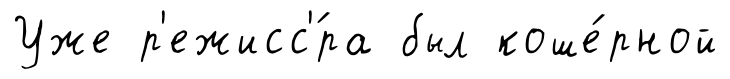
Уже р'ежисс'́ра был коше́рной